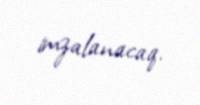
imzalanacaq.